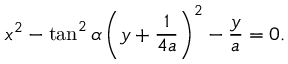
x ^ { 2 } - \tan ^ { 2 } \alpha \left( y + { \frac { 1 } { 4 a } } \right) ^ { 2 } - { \frac { y } { a } } = 0 .